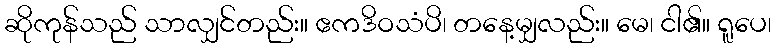
ဆိုကုန်သည် သာလျှင်တည်း။ ဧကဒိဝသံပိ၊ တနေ့မျှလည်း။ မေ၊ ငါ၏။ ရူပေ၊